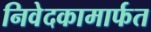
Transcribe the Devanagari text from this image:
निवेदकामार्फत